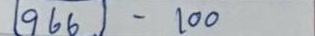
966 - 100